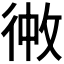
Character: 𪫏